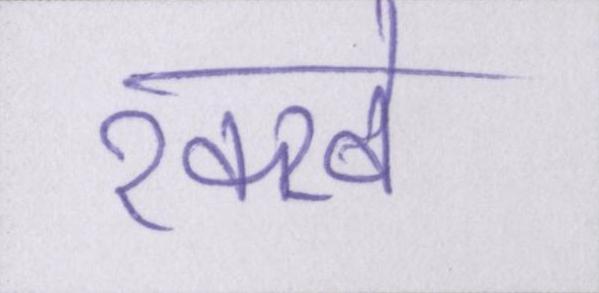
रक्खे